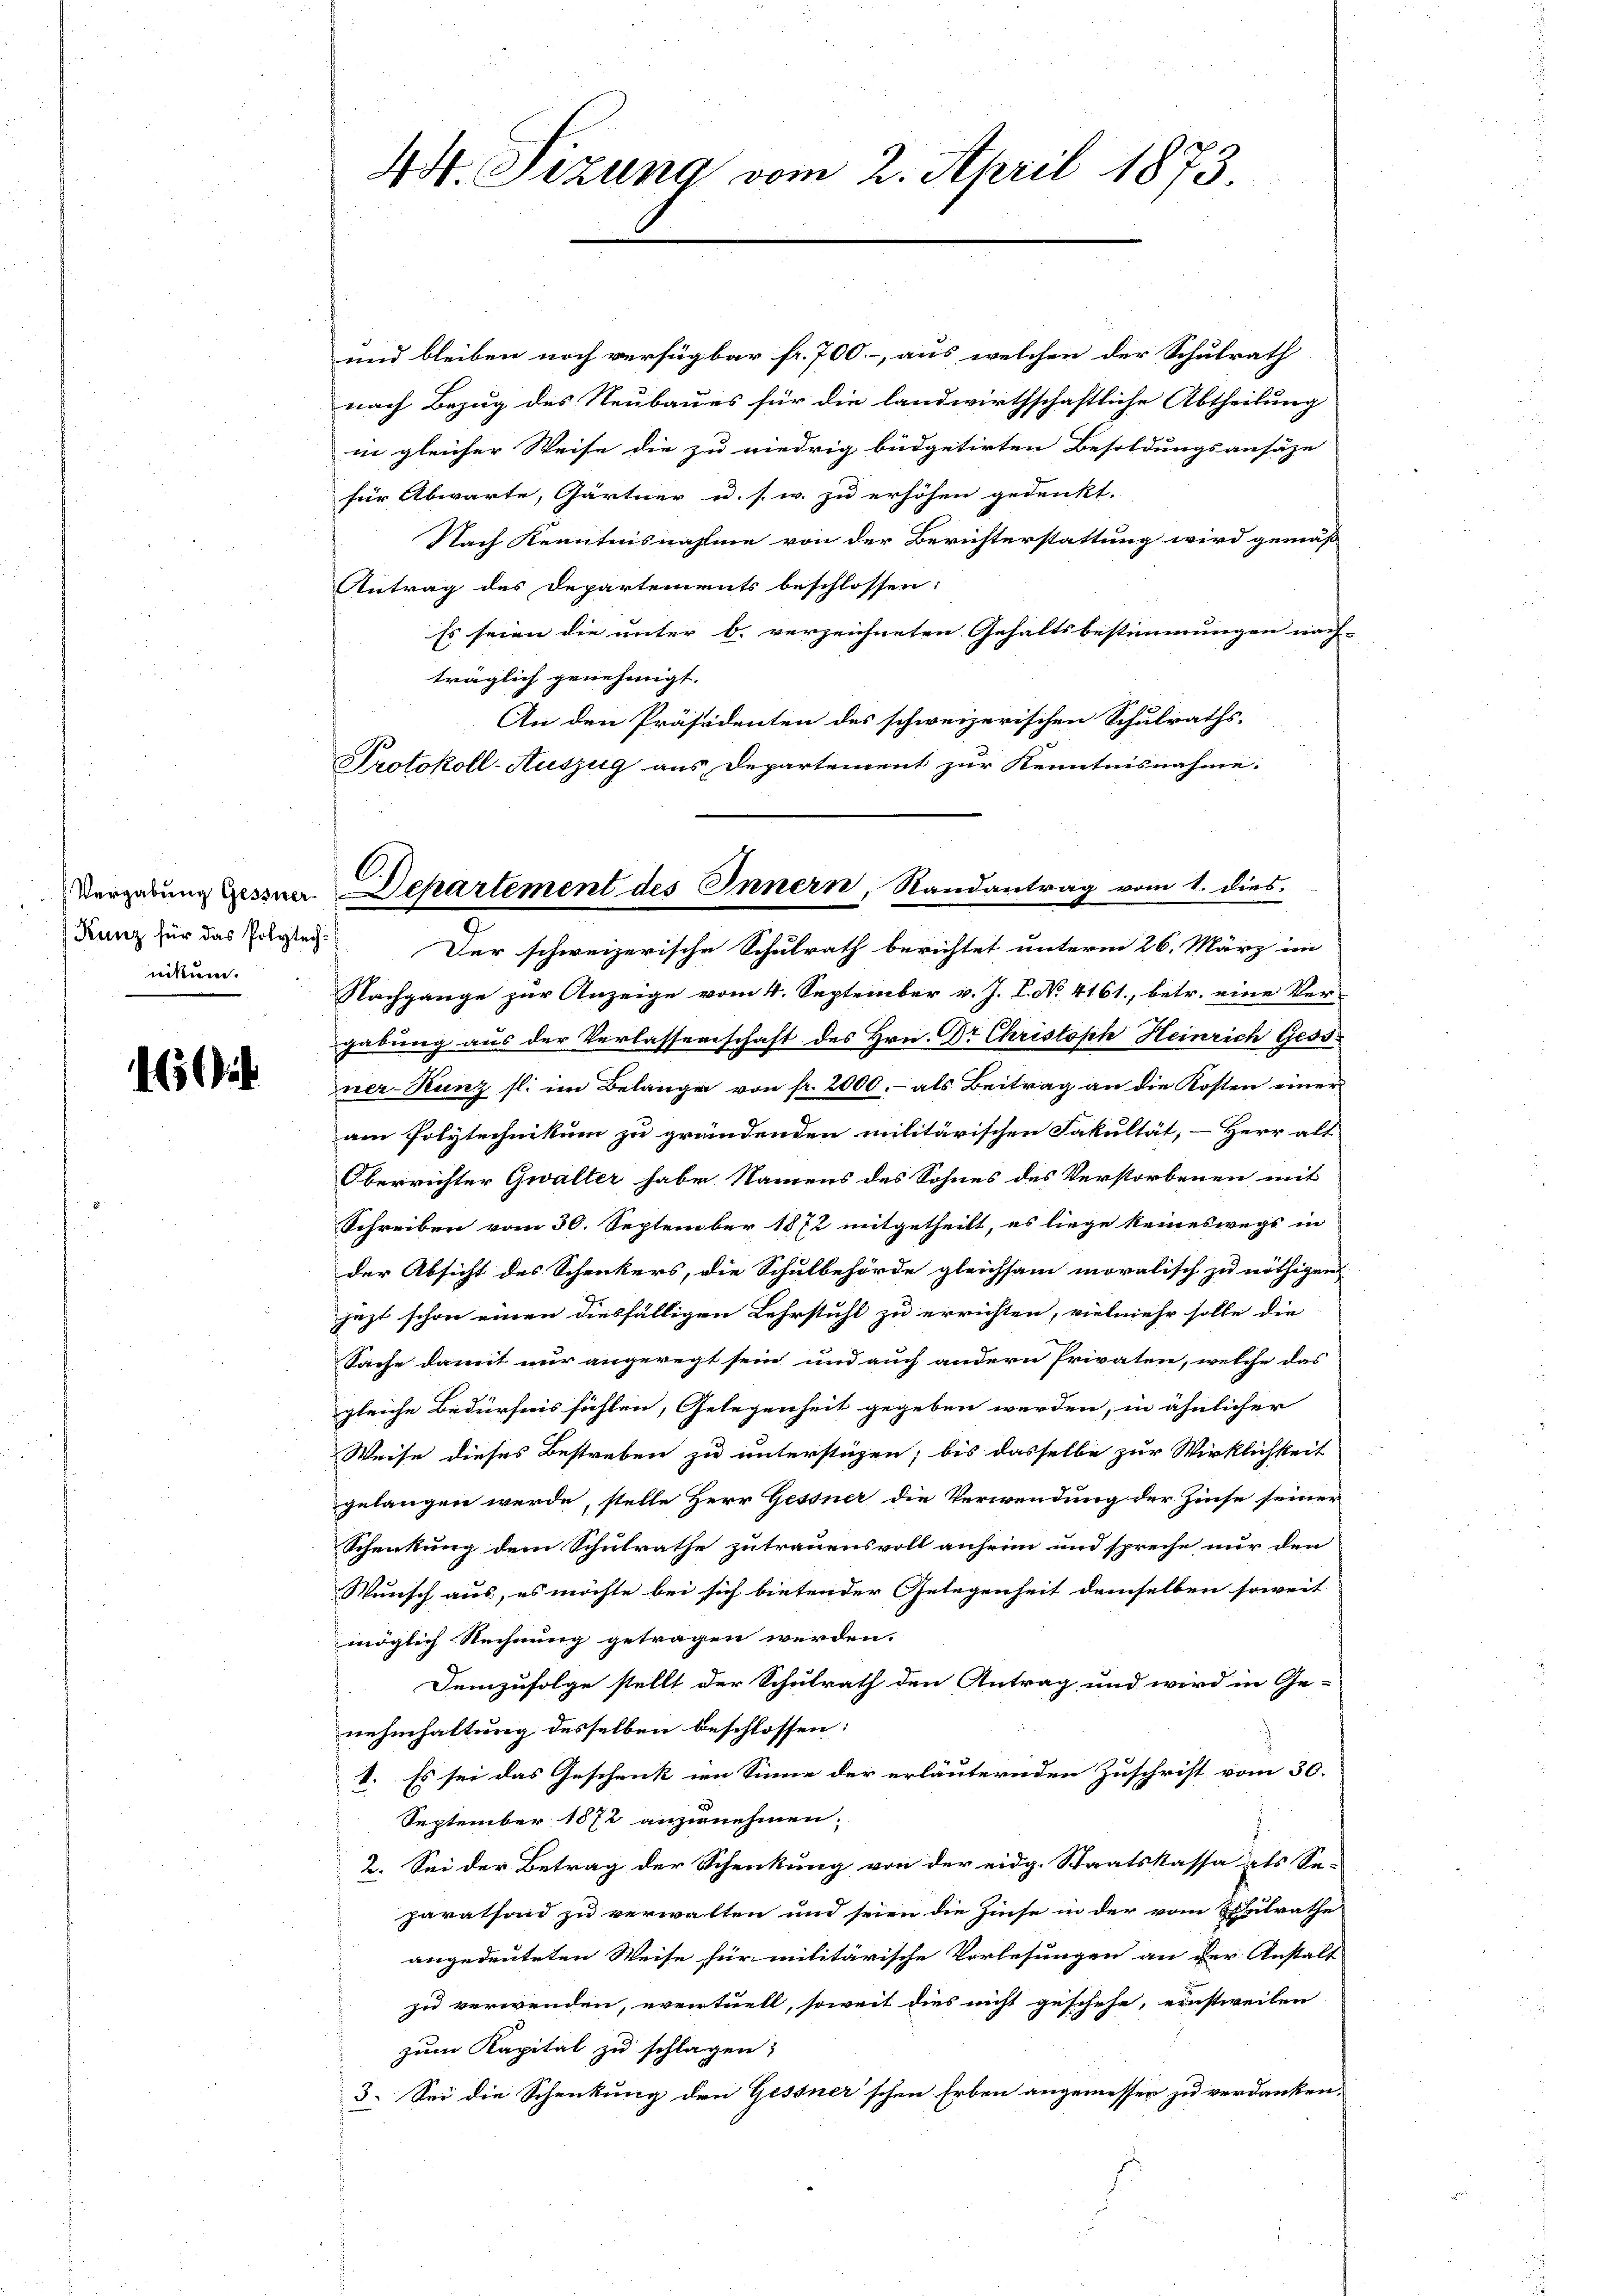
Kunz für das Polytechnikum.

160

44. Sizung vom 2. April 1873.

und bleiben noch verfügbar fr. 700.-, aus welchen der Schulrath
nach Bezug des Neubaues für die landwirthschaftliche Abtheilung
in gleicher Weise die zu niedrig büdgetirten Besoldungsansäze
für Abwarte, Gärtner u. s. w. zu erhöhen gedenkt.
Nach Kenntnisnahme von der Berichterstattung wird gemäß
Antrag des Departements beschlossen:
Es seien die unter b. verzeichneten Gehaltsbestimmungen nach-
träglich genehmigt.
An den Präsidenten des schweizerischen Schulraths-
Protokoll-Auszug aus Departement zur Kenntnisnahme.
Nachgange zur Anzeige vom 4. September v. J. L. No 4161., betr. eine Ver-
gabung aus der Verlassenschaft des Hrn. Dr Christoph Heinrich Gess-
ner-Runz fl. im Belange von fr. 2000.- als Beitrag an die Kosten einer
am Polytechnikum zu gründenden militärischen Fakultät, - Herr alt
Oberrichter Gwalter habe Namens des Sohnes des Verstorbenen mit
Schreiben vom 30. September 1872 mitgetheilt, es liege keineswegs in
der Absicht des Schenkers, die Schulbehörde gleichsam moralisch zu nöthigen
jezt schon einen diesfälligen Lehrstuhl zu errichten, vielmehr solle die
Sache damit nur angeregt sein und auch andern Privaten, welche das
gleiche Bedürfnis fühlen, Gelegenheit gegeben werden, in ähnlicher
Weise dieses Bestreben zu unterstüzen; bis dasselbe zur Wirklichkeit
gelangen werde, stelle Herr Gessner die Verwendung der Zinse seiner
Schenkung dem Schulrathe zutrauensvoll anheim und spreche nur den
Wunsch aus, es möchte bei sich bietender Gelegenheit demselben soweit
möglich Rechnung getragen werden.
Semzufolge stellt der Schulrath den Antrag und wird in Ge-
nehmhaltung desselben beschlossen:
1. Es sei das Geschenk in Sinne der erläuternden Zuschrift vom 30.
September 1872 anzunehmen.
2. Sei der Betrag der Schenkung von der eidg. Staatskassa als Se-
paratfond zu verwalten und seien die Zinse in der vom Schulrathe
angedeuteten Weise für militärische Vorlesungen an der Anstalt
zu verwenden, eventuell, soweit dies nicht geschehe, einstweilen
zum Kapital zu schlagen;
3. Sei die Schenkung den Gessner'schen Erben angemessen zu verdanken.

Vergabung dessen. Departement des Innern, Randantrag vom 1. dies
Der schweizerische Schulrath berichtet unterm 26. März im